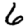
Digit: 6